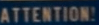
ATTENTION!